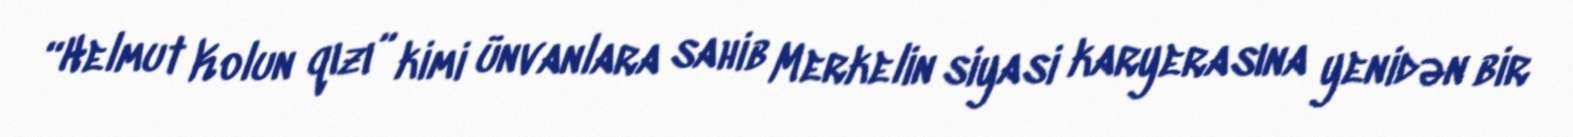
“Helmut Kolun qızı” kimi ünvanlara sahib Merkelin siyasi karyerasına yenidən bir